Medical and sanitary report of the native army of Madras for the year
Year: 1877
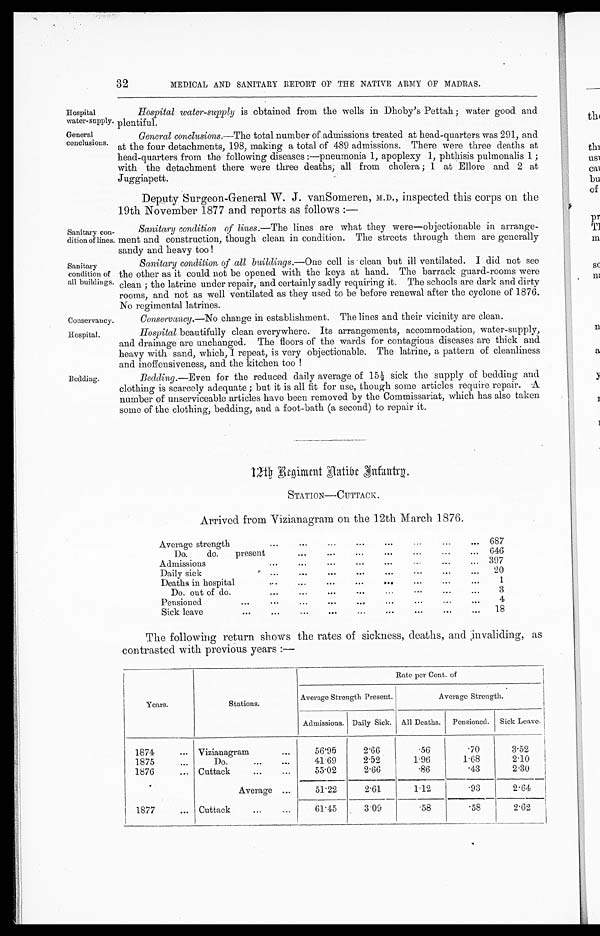
Hospital
water-supply.
General
conclusions.
Sanitary con
-dition of lines
Sanitary
condition of
all buildings.
Conservancy.
Hospital.
32
MEDICAL AND SANITARY REPORT OF THE NATIVE ARMY OF MADRAS.
Bedding.
Hospital water-supply is obtained from the wells in Dhoby's Pettah; water good and
plentiful.
General conclusions. —The total number of admissions treated at head-quarters was 291, and
at the four detachments, 198, making a total of 489 admissions. There were three deaths at
head-quarters from the following diseases:—pneumonia 1, apoplexy 1, phthisis pulmonalis 1;
with the detachment there were three deaths; all from cholera; 1 at Ellore and 2 at
Juggiapett.
Deputy Surgeon-General W. J. vanSomeren, M.D., inspected this corps on the
19th November 1877 and reports as follows:—
Sanitary condition of lines. —The lines are what they were—objectionable in arrange
-ment and construction, though clean in condition. The streets through them are generally
sandy and heavy too!
Sanitary condition of all buildings. —One cell is clean but ill ventilated. I did not see
the other as it could not be opened with the keys at hand. The barrack guard-rooms were
clean; the latrine under repair, and certainly sadly requiring it. The schools are dark and dirty
rooms, and not as well ventilated as they used to be before renewal after the cyclone of 1876.
No regimental latrines.
Conservancy.—No change in establishment. The lines and their vicinity are clean.
Hospital beautifully clean everywhere. Its arrangements, accommodation, water-supply,
and drainage are unchanged. The floors of the wards for contagious diseases are thick and
heavy with sand, which, I repeat, is very objectionable. The latrine, a pattern of cleanliness
and inoffensiveness, and the kitchen too!
Bedding. —Even for the reduced daily average of 15½ sick the supply of bedding and
clothing is scarcely adequate; but it is all fit for use, though some articles require repair. A
number of unserviceable articles have been removed by the Commissariat, which has also taken
some of the clothing, bedding, and a foot-bath (a second) to repair it.
12th Regiment Native Infantry.
STATION—CUTTACK.
Arrived from Vizianagram on the 12th March 1876.
Average strength
687
D o . d o . p r e s e n t
646
Admissions
397
D a i l y s i c k
20
D e a t h s i n h o s p i t a l
1
D o . o u t o f d o .
3
P e n s i o n e d
4
Sick leave
18
The following return shows the rates of sickness, deaths, and Invaliding, as
contrasted with previous years:—
Years.
Stations.
Rate per Cent. of
Average Strength Present.
Average Strength.
Admissions. Daily Sick. All Deaths. Pensioned. Sick Leave.
1874
Vizianagram
56·95
2·66
·56
·70
3·52
1875
Do.
41·69
2·52
1·96
1·68
2·10
1876
Cuttack
55·02
2·66
·86
·43
2·30
Average
51·22
2·61
1·12
·93
2·64
1877
Cuttack
6 1 · 4 5 3·09
·58
·58
2·62